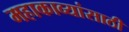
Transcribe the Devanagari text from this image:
महाकाव्यांसाठी